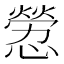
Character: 憥